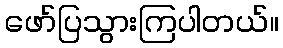
ဖော်ပြသွားကြပါတယ်။